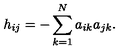
h _ { i j } = - \sum _ { k = 1 } ^ { N } a _ { i k } a _ { j k } .